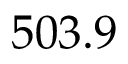
5 0 3 . 9